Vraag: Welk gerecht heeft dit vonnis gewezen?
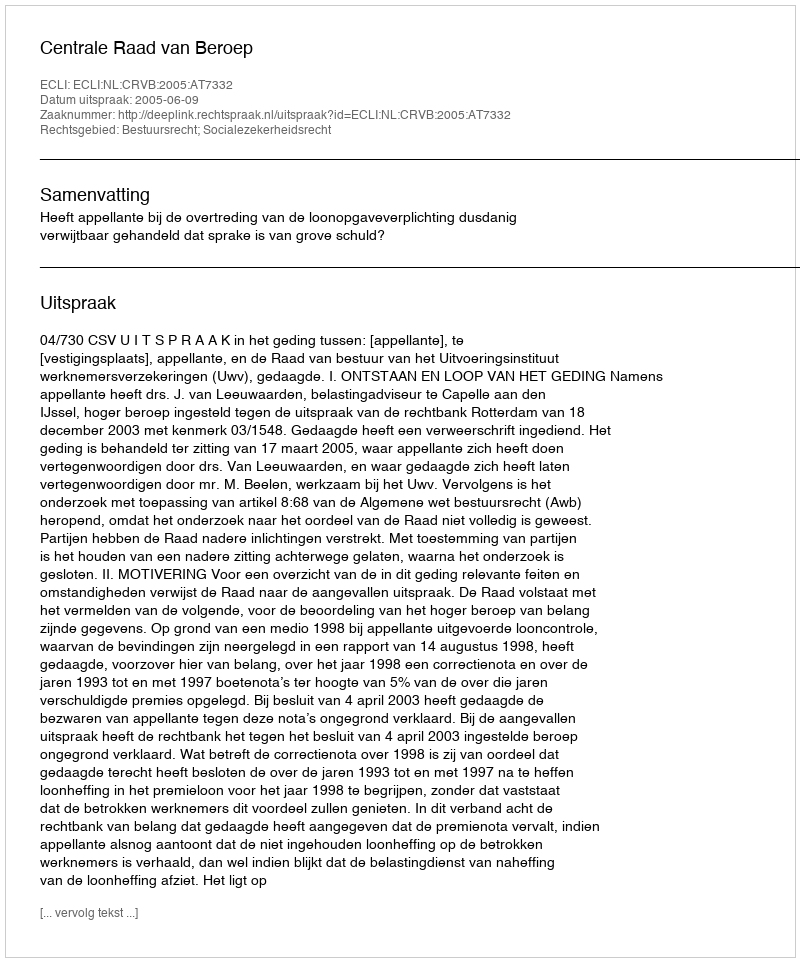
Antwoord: Centrale Raad van Beroep